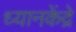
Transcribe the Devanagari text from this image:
ध्यानकेंद्रे